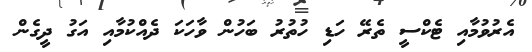
އެރުވުމާއި ޓެކްސީ ތެރޭ ހަޑި ހުތުރު ބަހުން ވާހަކަ ދެއްކުމާއި އަގު ދީގެން